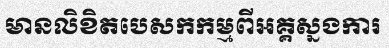
មានលិខិតបេសកកម្មពីអគ្គស្នងការ